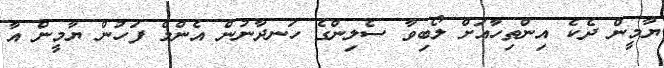
ޔާމީން ދެކެ އިންތިހާއަށް ލޯބިވާ ސެލިންގެ ހަނދާނުން އެންމެ ފަހުން ޔާމީން އާ